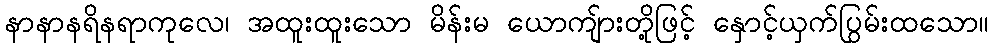
နာနာနရိနရာကုလေ၊ အထူးထူးသော မိန်းမ ယောကျ်ားတို့ဖြင့် နှောင့်ယှက်ပြွမ်းထသော။